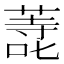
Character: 𭊬